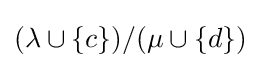
(\lambda \cup \left\{c\right\})/(\mu \cup \left\{d\right\})